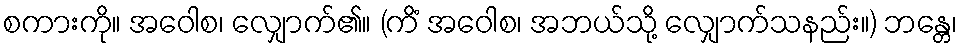
စကားကို။ အဝေါစ၊ လျှောက်၏။ (ကိံ အဝေါစ၊ အဘယ်သို့ လျှောက်သနည်း။) ဘန္တေ၊